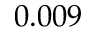
0 . 0 0 9